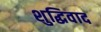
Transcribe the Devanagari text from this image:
शुद्धिवाद